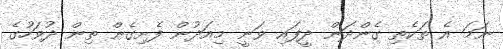
ނަމަ އެ ތަކެތި ގެންދަން ދީފައި ވަނީ މިއަދުން ފެށިގެން ތިން ދުވަހުގެ